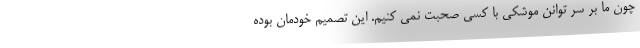
چون ما بر سر توانن موشکی با کسی صحبت نمی کنیم. این تصمیم خودمان بوده